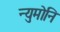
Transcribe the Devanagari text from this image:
न्युमोनि